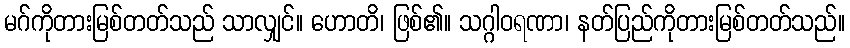
မဂ်ကိုတားမြစ်တတ်သည် သာလျှင်။ ဟောတိ၊ ဖြစ်၏။ သဂ္ဂါဝရဏာ၊ နတ်ပြည်ကိုတားမြစ်တတ်သည်။